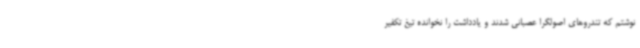
نوشتم که تندروهای اصولگرا عصبانی شدند و یادداشت را نخوانده تیغ تکفیر